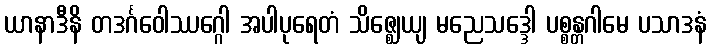
ယာနာဒီနိ တဒင်္ဂဝေါဿဂ္ဂေါ အပါပုရေတံ သိဇ္ဈေယျ မညေသဒ္ဒေါ ပစ္စန္တဂါမေ ပသာဒနံ